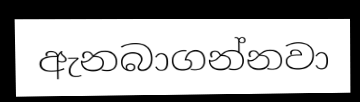
ඇනබාගන්නවා